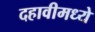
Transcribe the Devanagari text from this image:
दहावीमध्ये